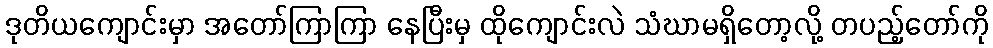
ဒုတိယကျောင်းမှာ အတော်ကြာကြာ နေပြီးမှ ထိုကျောင်းလဲ သံဃာမရှိတော့လို့ တပည့်တော်ကို